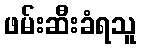
ဖမ်းဆီးခံရသူ